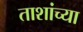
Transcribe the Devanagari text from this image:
ताशांच्या